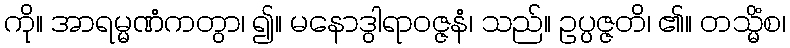
ကို။ အာရမ္မဏံကတွာ၊ ၍။ မနောဒွါရာဝဇ္ဇနံ၊ သည်။ ဥပ္ပဇ္ဇတိ၊ ၏။ တသ္မိံစ၊